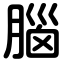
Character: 腦